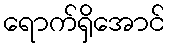
ရောက်ရှိအောင်